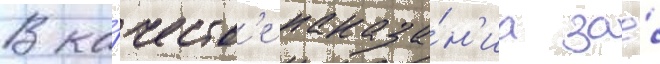
В ка́честв'е наказа́н'иа за́